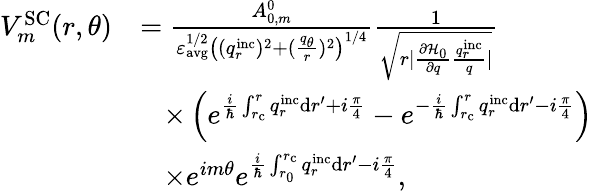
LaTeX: \begin{array}{rl}{V_{m}^{\mathrm{SC}}(r,\theta)}&{=\frac{A_{0,m}^{0}}{\varepsilon_{\mathrm{avg}}^{1/2}\left((q_{r}^{\mathrm{inc}})^{2}+(\frac{q_{\theta}}{r})^{2}\right)^{1/4}}\frac{1}{\sqrt{r|\frac{\partial\mathcal{H}_{0}}{\partial q}\frac{q_{r}^{\mathrm{inc}}}{q}|}}}\\ &{\; \; \; \times\left(e^{\frac{i}{\hbar}\int_{r_{\mathrm{c}}}^{r}q_{r}^{\mathrm{inc}}\mathrm{d}r^{\prime}+i\frac{\pi}{4}}-e^{-\frac{i}{\hbar}\int_{r_{\mathrm{c}}}^{r}q_{r}^{\mathrm{inc}}\mathrm{d}r^{\prime}-i\frac{\pi}{4}}\right)}\\ &{\; \; \; \times e^{im\theta}e^{\frac{i}{\hbar}\int_{r_{0}}^{r_{\mathrm{c}}}q_{r}^{\mathrm{inc}}\mathrm{d}r^{\prime}-i\frac{\pi}{4}},}\end{array}